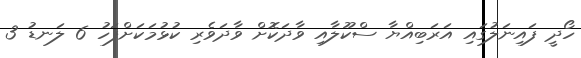
ހޯދީ ފައިނަލުގައި އަރަބިއްޔާ ސްކޫލާއި ވާދަކޮށް ވާދަވެރި ކުޅުމަކަށްފަހު 6 ލަނޑު 3